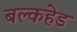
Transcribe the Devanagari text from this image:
बल्‍कहेड